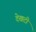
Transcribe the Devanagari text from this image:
देखटी